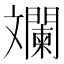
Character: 斕